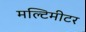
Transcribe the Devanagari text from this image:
मल्टिमीटर